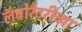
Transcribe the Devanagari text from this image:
लॅबोरेटरीच्या